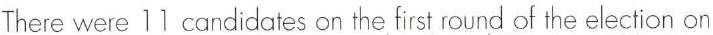
There were 1  candidates on the first round of the election on